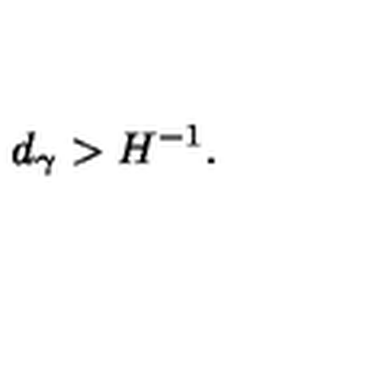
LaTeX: d _ { \gamma } > H ^ { - 1 } .